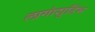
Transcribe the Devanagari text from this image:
लागांशुडिंभ